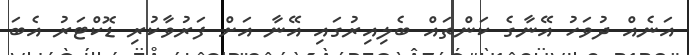
އަނެއް ދުވަހު އޭނާގެ ކަންތައް ބެލިއިރުގައި އޭނާ އަށް ފަރުވާކުރި ޑޮކްޓަރު އެބަ